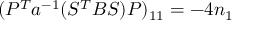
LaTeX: ( P ^ { T } a ^ { - 1 } ( S ^ { T } B S ) P ) _ { 1 1 } = - 4 n _ { 1 }